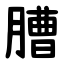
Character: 䐬